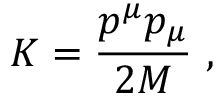
K = \frac { p ^ { \mu } p _ { \mu } } { 2 M } \ ,